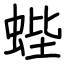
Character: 蜌